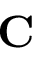
\mathbf C